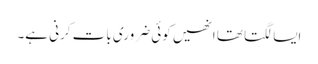
ایسا لگتا تھا انھیں کوئی ضروری بات کرنی ہے۔